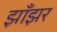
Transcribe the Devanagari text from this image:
झाँझर